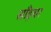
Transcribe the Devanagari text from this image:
साँड़घर